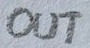
Text: OUT